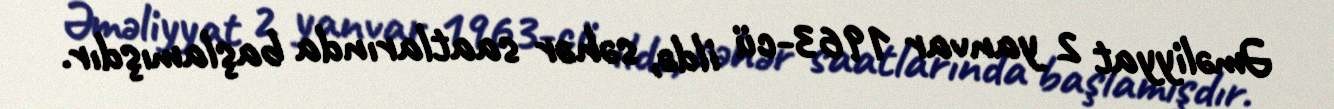
Əməliyyat 2 yanvar 1963-cü ildə, səhər saatlarında başlamışdır.